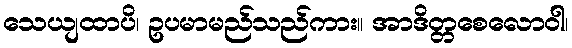
သေယျထာပိ၊ ဥပမာမည်သည်ကား။ အာဒိတ္တစေလောဝါ၊